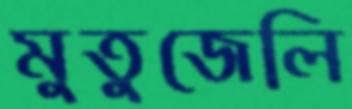
মুতুজেলি